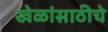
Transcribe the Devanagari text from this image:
खेळांसाठीचे